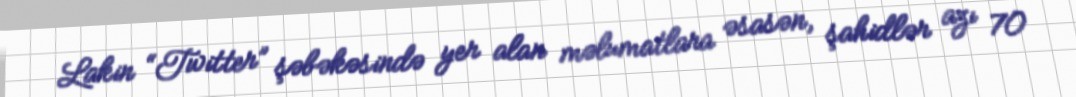
Lakin “Twitter” şəbəkəsində yer alan məlumatlara əsasən, şahidlər azı 70